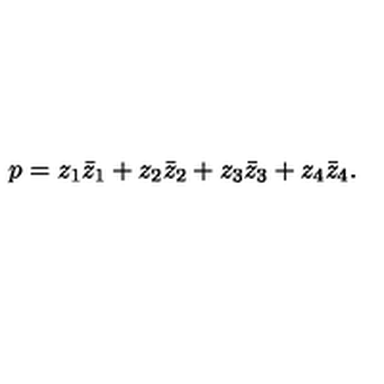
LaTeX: p = z _ { 1 } \bar { z } _ { 1 } + z _ { 2 } \bar { z } _ { 2 } + z _ { 3 } \bar { z } _ { 3 } + z _ { 4 } \bar { z } _ { 4 } .